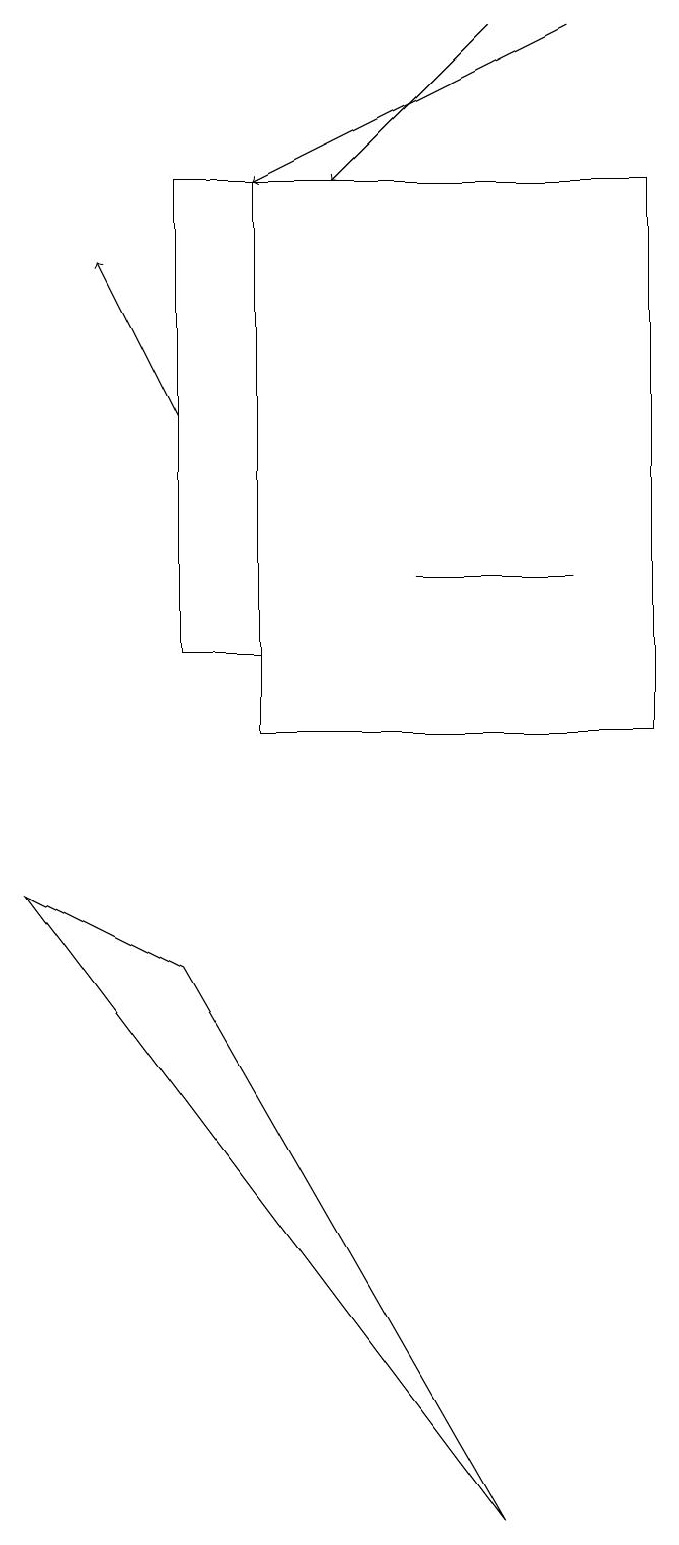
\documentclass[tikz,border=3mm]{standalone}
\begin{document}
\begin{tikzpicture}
\draw[->] (7,19) -- (5,17);
\draw (3,7) -- (1,8) -- (7,0) -- cycle;
\draw[->] (8,19) -- (4,17);
\draw[->] (3,14) -- (2,16);
\draw (4,10) rectangle (9,17);
\draw (3,11) rectangle (4,17);
\draw (6,12) rectangle (8,12);
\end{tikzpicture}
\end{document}